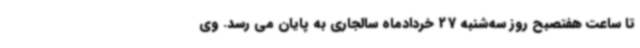
تا ساعت هفتصبح روز سه‌شنبه 27 خردادماه سالجاری به پایان می رسد. وی